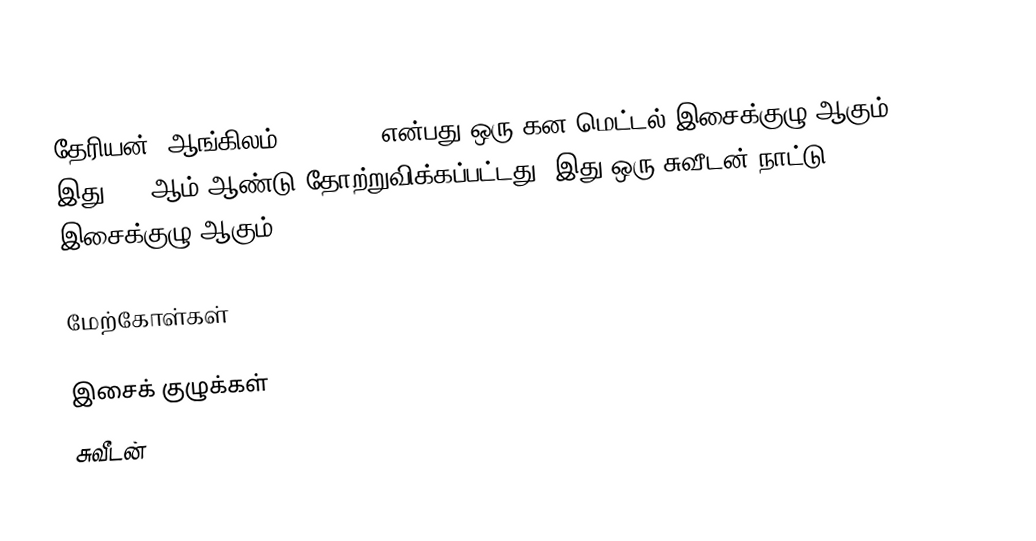
தேரியன் (ஆங்கிலம்: Therion) என்பது ஒரு கன மெட்டல் இசைக்குழு ஆகும். இது 1987ஆம் ஆண்டு தோற்றுவிக்கப்பட்டது. இது ஒரு சுவீடன் நாட்டு இசைக்குழு ஆகும்.

மேற்கோள்கள்

இசைக் குழுக்கள்
சுவீடன்